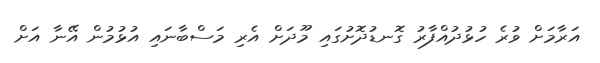
އަރާމަށް ވުރެ ހުޅުދުއްފާރު ގޮނޑުދޮށުގައި މޫދަށް އެރި މަސްބާނައި އުޅުމުން އޭނާ އަށް